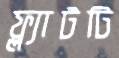
ফ্ল্যাটটি